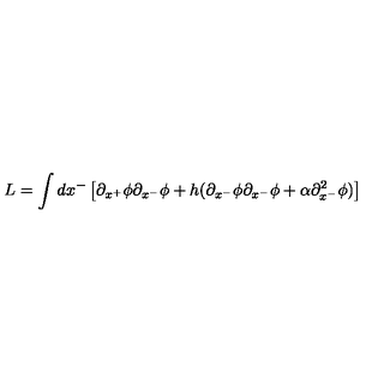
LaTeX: L = \int d x ^ { - } \left[ \partial _ { x ^ { + } } \phi \partial _ { x ^ { - } } \phi + h ( \partial _ { x ^ { - } } \phi \partial _ { x ^ { - } } \phi + \alpha \partial _ { x ^ { - } } ^ { 2 } \phi ) \right]